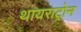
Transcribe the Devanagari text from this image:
थायराट्रोन